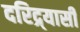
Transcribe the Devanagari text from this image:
दरिद्र्यासी